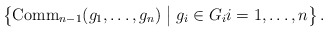
\begin{align*}\left\{\operatorname{Comm}_{n-1}(g_1,\ldots,g_n) \bigm\vert g_i \in G_i i=1,\ldots,n\right\}.\end{align*}